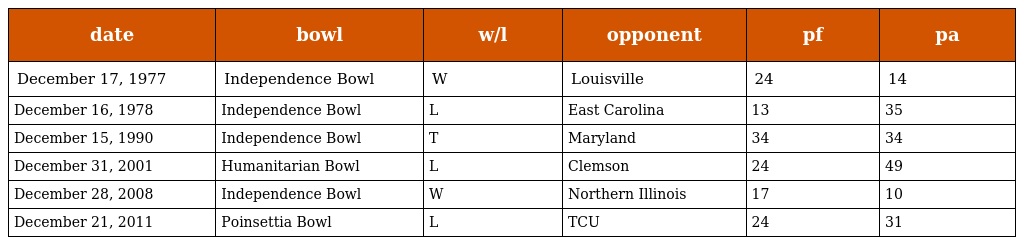
| date | bowl | w/l | opponent | pf | pa |
 | --- | --- | --- | --- | --- | --- |
 | December 17, 1977 | Independence Bowl | W | Louisville | 24 | 14 |
 | December 16, 1978 | Independence Bowl | L | East Carolina | 13 | 35 |
 | December 15, 1990 | Independence Bowl | T | Maryland | 34 | 34 |
 | December 31, 2001 | Humanitarian Bowl | L | Clemson | 24 | 49 |
 | December 28, 2008 | Independence Bowl | W | Northern Illinois | 17 | 10 |
 | December 21, 2011 | Poinsettia Bowl | L | TCU | 24 | 31 |